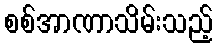
စစ်အာဏာသိမ်းသည့်